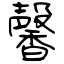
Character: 馨